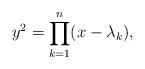
LaTeX: \begin{align*}y^2=\prod_{k=1}^{n}(x-\lambda_k),\end{align*}